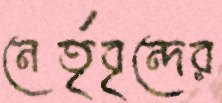
নের্তৃবৃন্দের